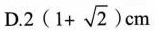
D. $$ 2 ( 1 + \sqrt{2} )$$cm